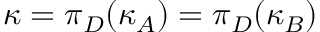
\kappa = \pi _ { D } ( \kappa _ { A } ) = \pi _ { D } ( \kappa _ { B } )